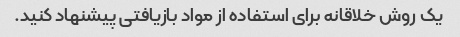
یک روش خلاقانه برای استفاده از مواد بازیافتی پیشنهاد کنید.